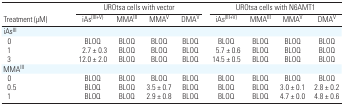
<table><thead><tr><td></td><td colspan="4"><b>UROtsa cells with vector</b></td><td colspan="4"><b>UROtsa cells with N6AMT1</b></td></tr><tr><td><b>Treatment (μM)</b></td><td><b>iAs<sup>(III+V)</sup></b></td><td><b>MMA<sup>III</sup></b></td><td><b>MMA<sup>V</sup></b></td><td><b>DMA<sup>V</sup></b></td><td><b>iAs<sup>(III+V)</sup></b></td><td><b>MMA<sup>III</sup></b></td><td><b>MMA<sup>V</sup></b></td><td><b>DMA<sup>V</sup></b></td></tr></thead><tbody><tr><td colspan="9">iAs<sup>III</sup></td></tr><tr><td> 0</td><td>BLOQ</td><td>BLOQ</td><td>BLOQ</td><td>BLOQ</td><td>BLOQ</td><td>BLOQ</td><td>BLOQ</td><td>BLOQ</td></tr><tr><td> 1</td><td>2.7 ± 0.3</td><td>BLOQ</td><td>BLOQ</td><td>BLOQ</td><td>5.7 ± 0.6</td><td>BLOQ</td><td>BLOQ</td><td>BLOQ</td></tr><tr><td> 3</td><td>12.0 ± 2.0</td><td>BLOQ</td><td>BLOQ</td><td>BLOQ</td><td>14.5 ± 0.5</td><td>BLOQ</td><td>BLOQ</td><td>BLOQ</td></tr><tr><td colspan="9">MMA<sup>III</sup></td></tr><tr><td> 0</td><td>BLOQ</td><td>BLOQ</td><td>BLOQ</td><td>BLOQ</td><td>BLOQ</td><td>BLOQ</td><td>BLOQ</td><td>BLOQ</td></tr><tr><td> 0.5</td><td>BLOQ</td><td>BLOQ</td><td>3.5 ± 0.7</td><td>BLOQ</td><td>BLOQ</td><td>BLOQ</td><td>3.0 ± 0.1</td><td>2.8 ± 0.2</td></tr><tr><td> 1</td><td>BLOQ</td><td>BLOQ</td><td>2.9 ± 0.8</td><td>BLOQ</td><td>BLOQ</td><td>BLOQ</td><td>4.7 ± 0.0</td><td>4.8 ± 0.6</td></tr></tbody></table>